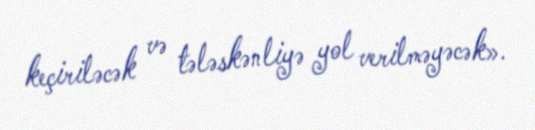
keçiriləcək və tələskənliyə yol verilməyəcək».